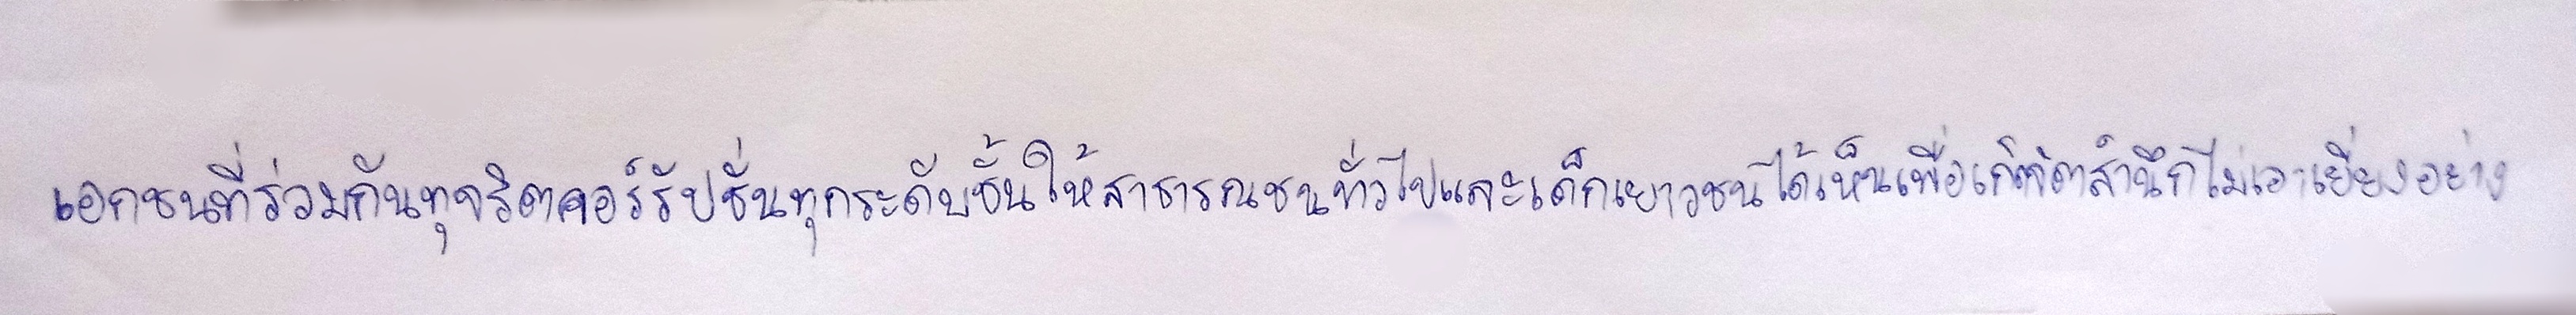
เอกชนที่ร่วมกันทุจริตคอร์รัปชั่นทุกระดับชั้นให้สาธารณชนทั่วไปและเด็กเยาวชนได้เห็นเพื่อเกิดจิตสำนึกไม่เอาเยี่ยงอย่าง